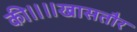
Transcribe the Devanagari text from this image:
की॥॥खासतौर